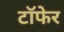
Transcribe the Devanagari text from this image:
टाॅफेर